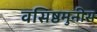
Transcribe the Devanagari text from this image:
वसिष्ठमुनीस